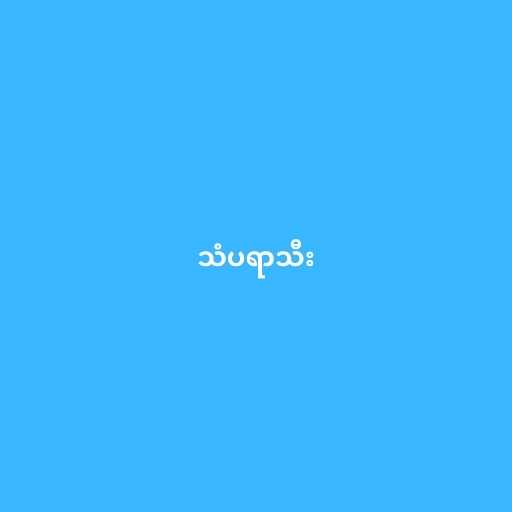
သံပရာသီး